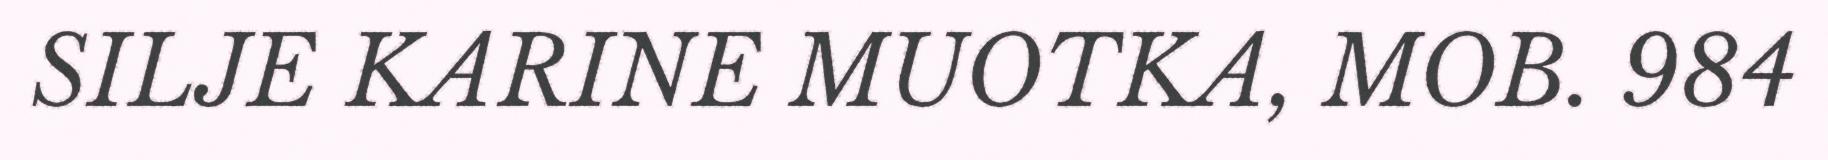
SILJE KARINE MUOTKA, MOB. 984